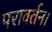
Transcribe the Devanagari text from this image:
परावर्तन।